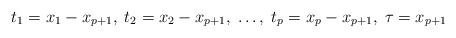
LaTeX: \begin{align*} t_1 = x_1 -x_{p+1} , \; t_2 = x_2 - x_{p+1} , \; \ldots, \; t_p = x_p - x_{p+1}, \; \tau = x_{p+1} \end{align*}